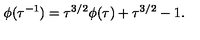
\phi ( \tau ^ { - 1 } ) = \tau ^ { 3 / 2 } \phi ( \tau ) + \tau ^ { 3 / 2 } - 1 .